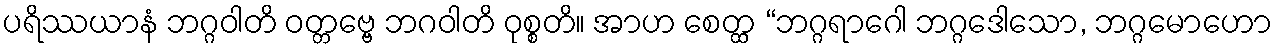
ပရိဿယာနံ ဘဂ္ဂဝါတိ ဝတ္တဗ္ဗေ ဘဂဝါတိ ဝုစ္စတိ။ အာဟ စေတ္ထ “ဘဂ္ဂရာဂေါ ဘဂ္ဂဒေါသော, ဘဂ္ဂမောဟော